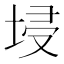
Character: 埐